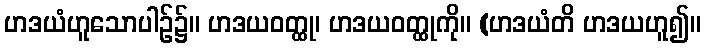
ဟဒယံဟူသောပါဉ်၌။ ဟဒယဝတ္ထု၊ ဟဒယဝတ္ထုကို။ (ဟဒယံတိ ဟဒယဟူ၍။